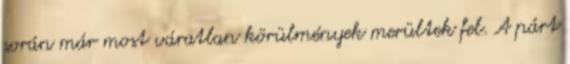
során már most váratlan körülmények merültek fel. A párt